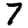
Digit: 7